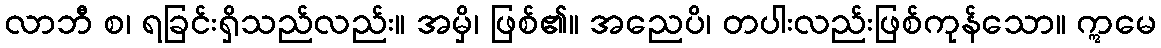
လာဘီ စ၊ ရခြင်းရှိသည်လည်း။ အမှိ၊ ဖြစ်၏။ အညေပိ၊ တပါးလည်းဖြစ်ကုန်သော။ ဣမေ